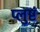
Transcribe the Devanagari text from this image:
प्लुष्टं